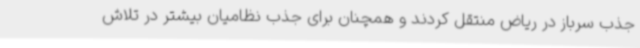
جذب سرباز در ریاض منتقل کردند و همچنان برای جذب نظامیان بیشتر در تلاش